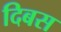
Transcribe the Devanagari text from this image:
दिबस